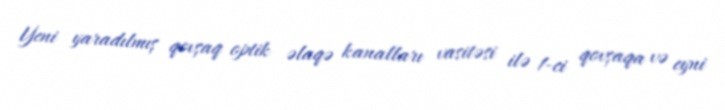
Yeni yaradılmış qovşaq optik əlaqə kanalları vasitəsi ilə 1-ci qovşaqa və eyni